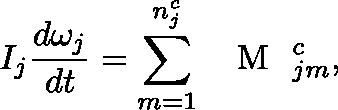
I _ { j } \frac { d \mathbf \omega _ { j } } { d t } = \sum _ { m = 1 } ^ { n _ { j } ^ { c } } \mathrm { ~ \boldmath ~ { ~ M ~ } ~ } _ { j m } ^ { c } ,